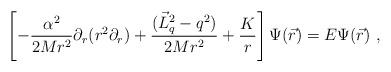
LaTeX: \begin{align*}\left[-\frac{\alpha^2}{2Mr^2}\partial_r(r^2\partial_r)+\frac{(\vec{L}_q^2-q^2)}{2Mr^2}+\frac Kr\right]\Psi(\vec r)=E\Psi(\vec r) \ ,\end{align*}